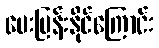
မေးမြန်းနိုင်ကြောင်း